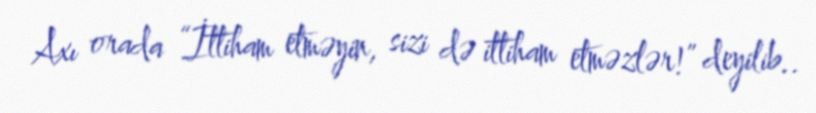
Axı orada “İttiham etməyin, sizi də ittiham etməzlər!” deyilib..